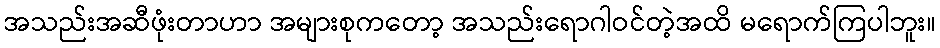
အသည်းအဆီဖုံးတာဟာ အများစုကတော့ အသည်းရောဂါဝင်တဲ့အထိ မရောက်ကြပါဘူး။